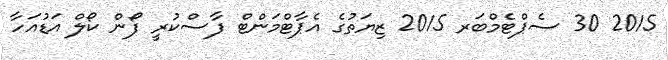
2015 30 ސެޕްޓެމްބަރ 2015 ޒިޔަތުގެ އެޕާޓްމަންޓް ފާސްކުރީ ފޯން ކޯލް އަޑުއަހާ